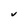
Character: v